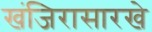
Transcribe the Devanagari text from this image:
खंजिरासारखे